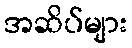
အဆိပ်များ